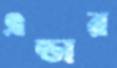
এন্ডার